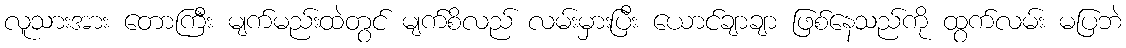
လူသားအား တောကြီး မျက်မည်းထဲတွင် မျက်စိလည် လမ်းမှားပြီး ယောင်ချာချာ ဖြစ်နေသည်ကို ထွက်လမ်း မပြဘဲ